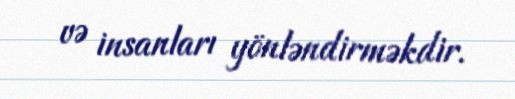
və insanları yönləndirməkdir.